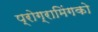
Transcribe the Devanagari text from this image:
प्रोग्रामिंगको